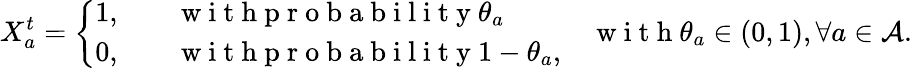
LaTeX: X_{a}^{t}=\left\{ \begin{array}{ll}{1,\quad}&{\mathrm{~w~i~t~h~p~r~o~b~a~b~i~l~i~t~y~}\theta_{a}}\\ {0,}&{\mathrm{~w~i~t~h~p~r~o~b~a~b~i~l~i~t~y~}1-\theta_{a},}\end{array}\right.\quad\mathrm{~w~i~t~h~}\theta_{a}\in(0,1),\forall a\in\mathcal{A}.